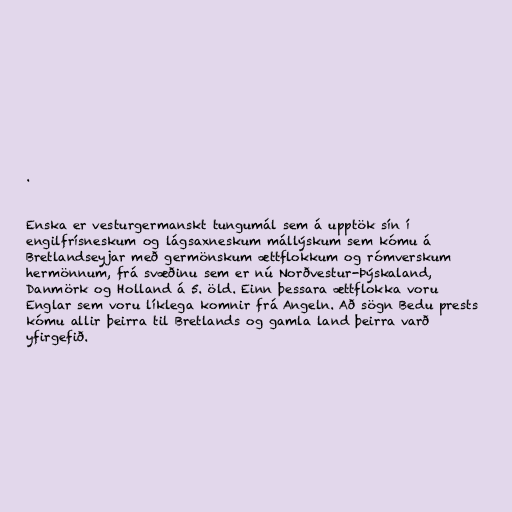
.

Enska er vesturgermanskt tungumál sem á upptök sín í
engilfrísneskum og lágsaxneskum mállýskum sem kómu á
Bretlandseyjar með germönskum ættflokkum og rómverskum
hermönnum, frá svæðinu sem er nú Norðvestur-Þýskaland,
Danmörk og Holland á 5. öld. Einn þessara ættflokka voru
Englar sem voru líklega komnir frá Angeln. Að sögn Bedu prests
kómu allir þeirra til Bretlands og gamla land þeirra varð
yfirgefið.